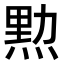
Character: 𤋰